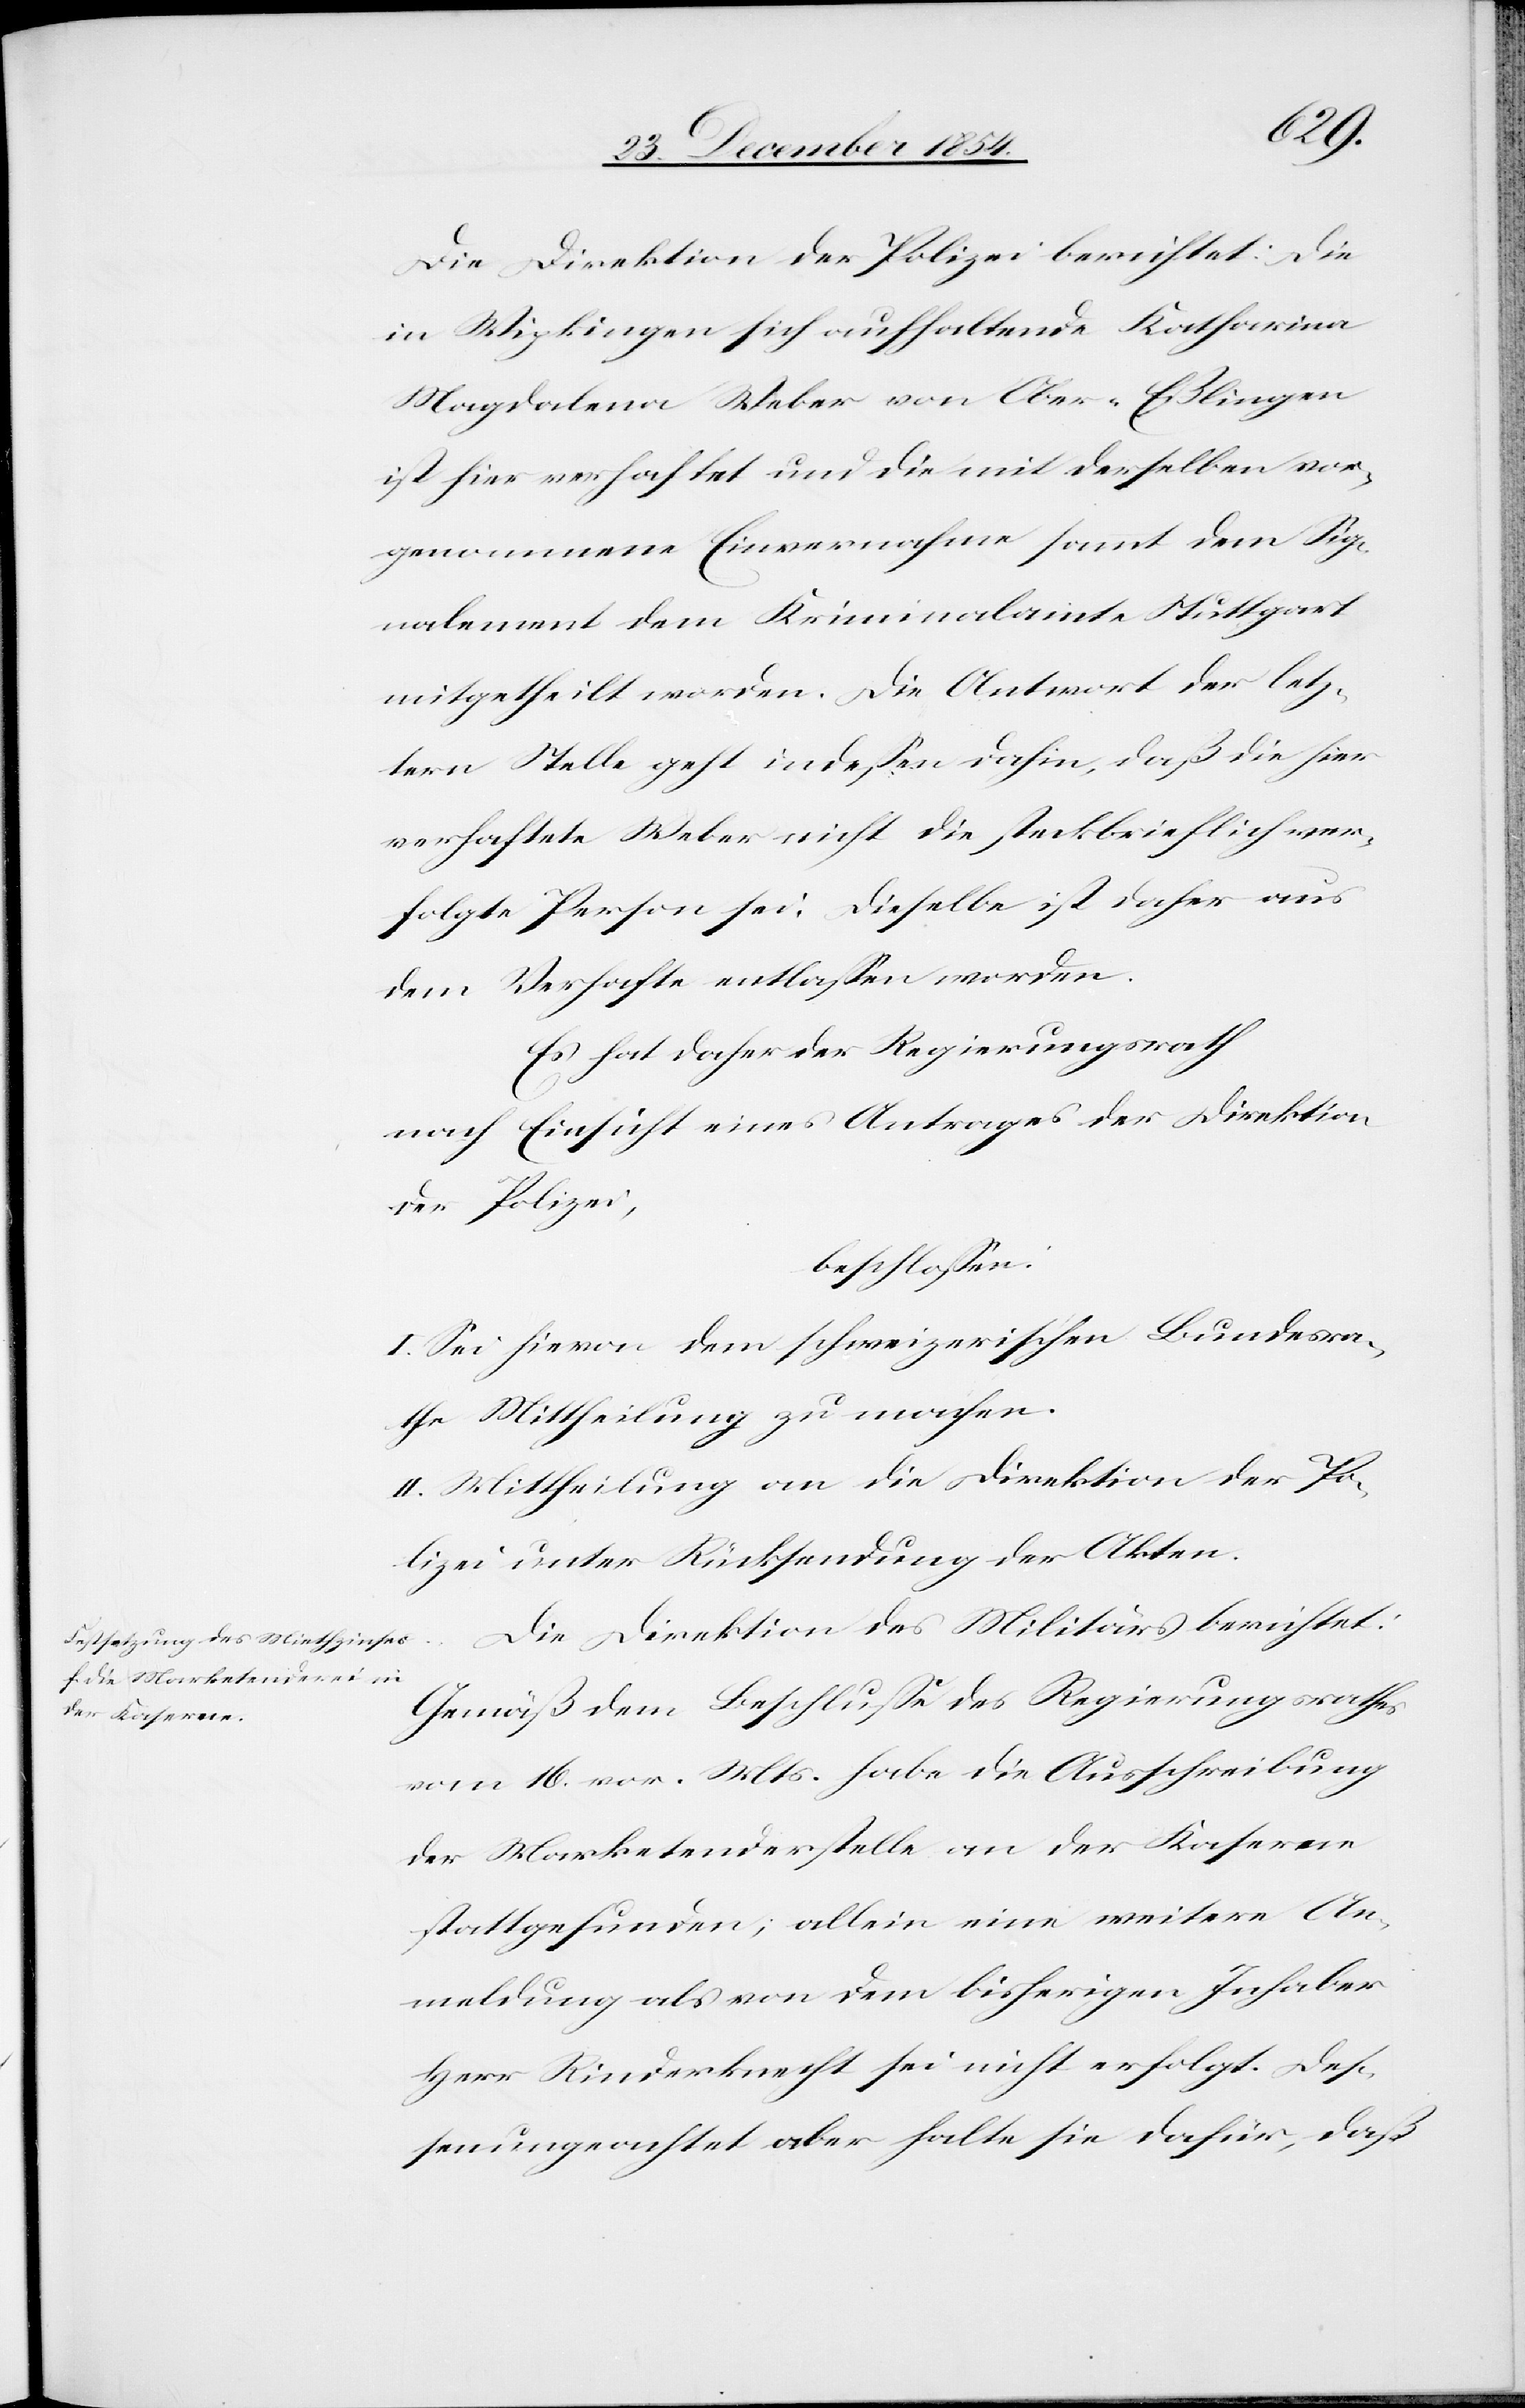
Die Direktion der Polizei berichtet: Die
in Wipkingen sich aufhaltende Katharina
Magdalena Weber von Ober-Eßlingen
ist hier verhaftet und die mit derselben vor¬
genommene Einvernahme sammt dem Sig¬
nalement dem Kriminalamte Stuttgart
mitgetheilt worden. Die Antwort der letz¬
tern Stelle geht indeßen dahin, daß die hier
verhaftete Weber nicht die steckbrieflich ver¬
folgte Person sei. Dieselbe ist daher aus
dem Verhafte entlaßen worden.
Es hat daher der Regierungsrath
nach Einsicht eines Antrages der Direktion
der Polizei,
beschloßen:
I. Sei hievon dem schweizerischen Bundesra¬
the Mittheilung zu machen.
II. Mittheilung an die Direktion der Po¬
lizei unter Rücksendung der Akten.
Die Direktion des Militärs berichtet:
Gemäß dem Beschluße des Regierungsrathes
vom 16. vor. Mts. habe die Ausschreibung
der Marketenderstelle an der Kaserne
stattgefunden; allein eine weitere An¬
meldung als von dem bisherigen Inhaber
Herr Rinderknecht sei nicht erfolgt. Deß¬
enungeachtet aber halte sie dafür, daß